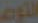
التوص